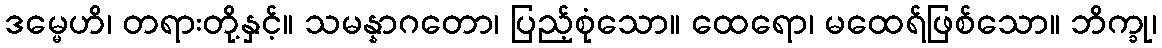
ဒမ္မေဟိ၊ တရားတို့နှင့်။ သမန္နာဂတော၊ ပြည့်စုံသော။ ထေရော၊ မထေရ်ဖြစ်သော။ ဘိက္ခု၊